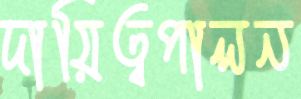
দায়িত্বপালন